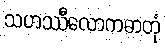
သဟဿီလောကဓာတုံ